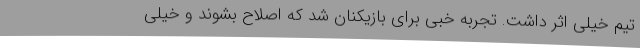
تیم خیلی اثر داشت. تجربه خبی برای بازیکنان شد که اصلاح بشوند و خیلی